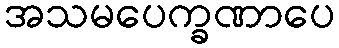
အသမပေက္ခဏာပေ